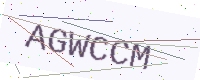
Text: AGWCCM